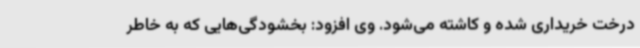
درخت خریداری شده و کاشته می‌شود. وی افزود: بخشودگی‌هایی که به خاطر